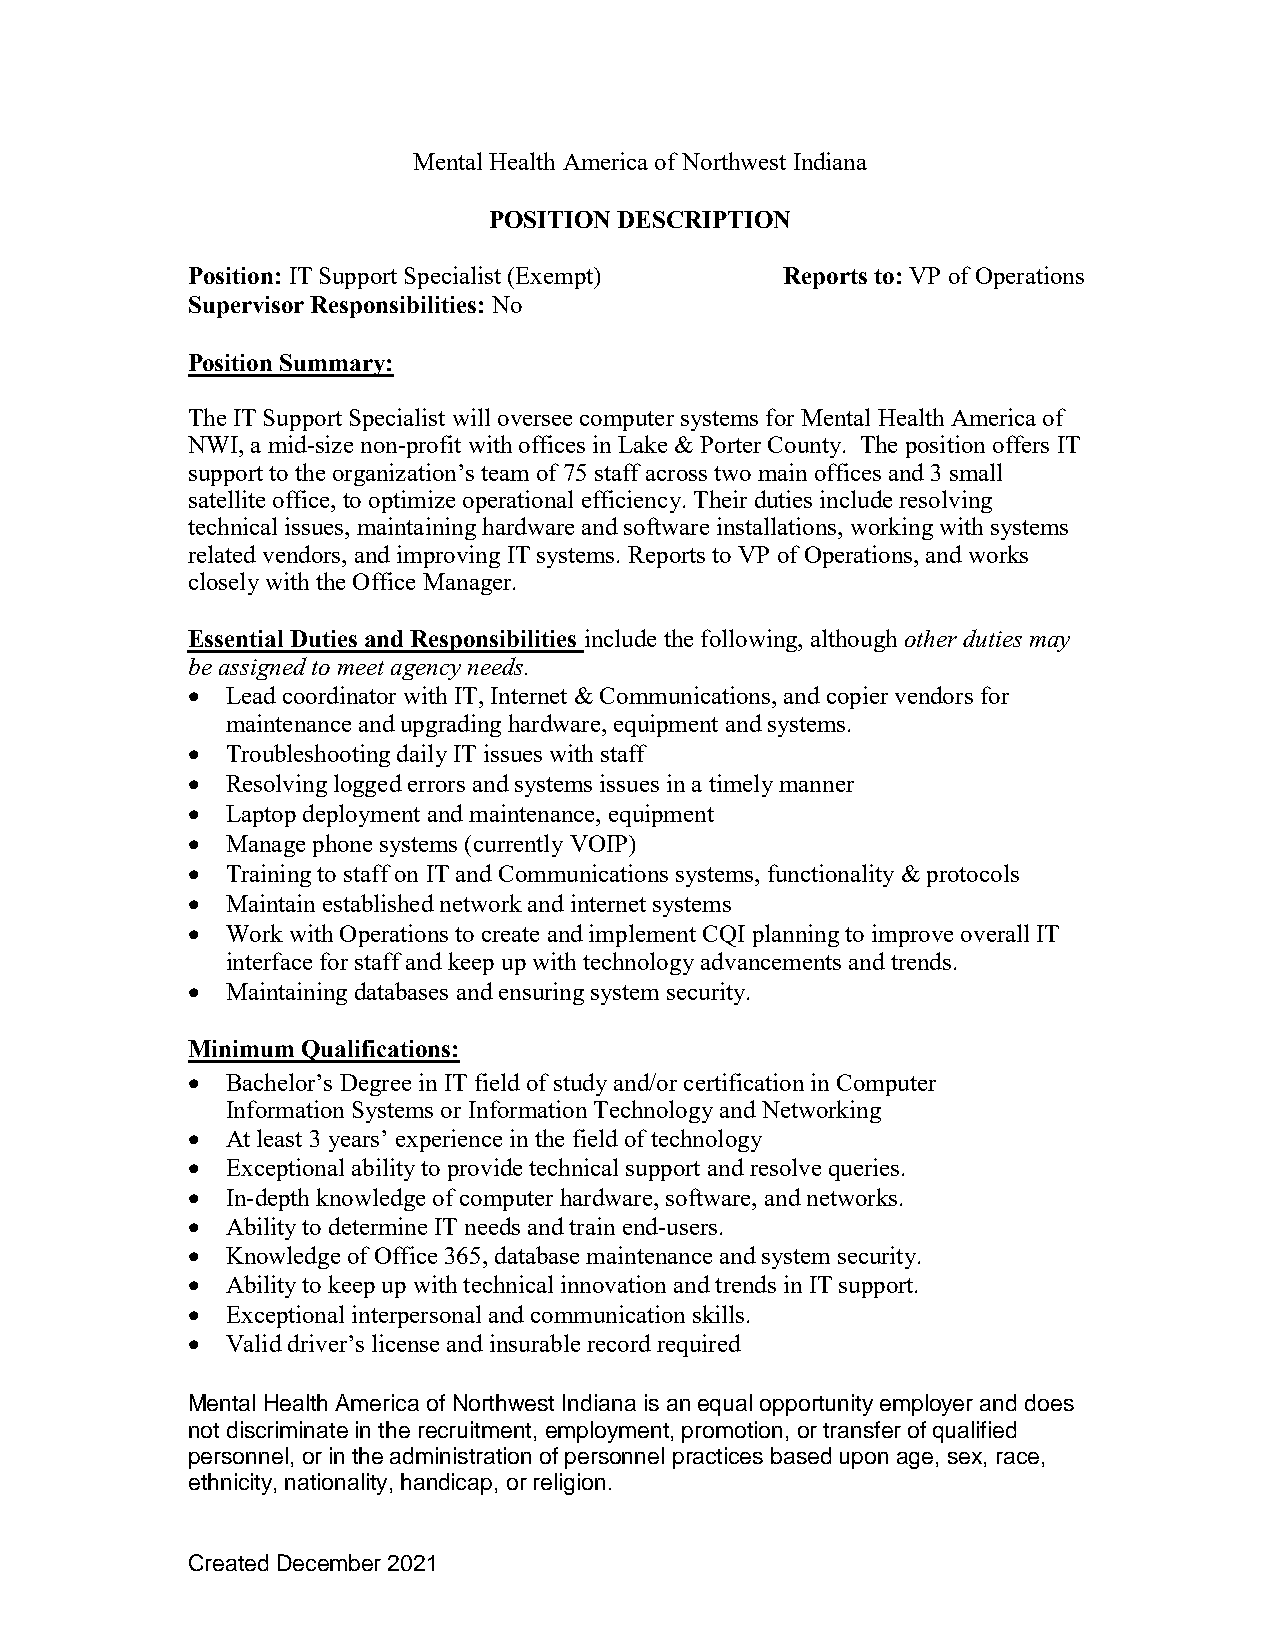
Mental Health America of Northwest Indiana
 POSITION DESCRIPTION
 Position: IT Support Specialist (Exempt) Reports to: VP of Operations
 Supervisor Responsibilities: No
 Position Summary:
 The IT Support Specialist will oversee computer systems for Mental Health America of
 NWI, a mid-size non-profit with offices in Lake & Porter County. The position offers IT
 support to the organization’s team of 75 staff across two main offices and 3 small
 satellite office, to optimize operational efficiency. Their duties include resolving
 technical issues, maintaining hardware and software installations, working with systems
 related vendors, and improving IT systems. Reports to VP of Operations, and works
 closely with the Office Manager.
 Essential Duties and Responsibilities include the following, although other duties may
 be assigned to meet agency needs.
   Lead coordinator with IT, Internet & Communications, and copier vendors for
 maintenance and upgrading hardware, equipment and systems.
   Troubleshooting daily IT issues with staff
   Resolving logged errors and systems issues in a timely manner
   Laptop deployment and maintenance, equipment
   Manage phone systems (currently VOIP)
   Training to staff on IT and Communications systems, functionality & protocols
   Maintain established network and internet systems
   Work with Operations to create and implement CQI planning to improve overall IT
 interface for staff and keep up with technology advancements and trends.
   Maintaining databases and ensuring system security.
 Minimum Qualifications:
   Bachelor’s Degree in IT field of study and/or certification in Computer
 Information Systems or Information Technology and Networking
   At least 3 years’ experience in the field of technology
   Exceptional ability to provide technical support and resolve queries.
   In-depth knowledge of computer hardware, software, and networks.
   Ability to determine IT needs and train end-users.
   Knowledge of Office 365, database maintenance and system security.
   Ability to keep up with technical innovation and trends in IT support.
   Exceptional interpersonal and communication skills.
   Valid driver’s license and insurable record required
 Mental Health America of Northwest Indiana is an equal opportunity employer and does
 not discriminate in the recruitment, employment, promotion, or transfer of qualified
 personnel, or in the administration of personnel practices based upon age, sex, race,
 ethnicity, nationality, handicap, or religion.
 Created December 2021